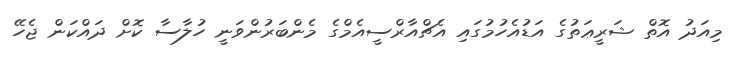
މިއަދު އޮތް ޝަރީޢަތުގެ އަޑުއެހުމުގައި އެޗްއާރްސީއެމްގެ މެންބަރުންވަނީ ހުލާސާ ކޮށް ދައްކަން ޖެހޭ